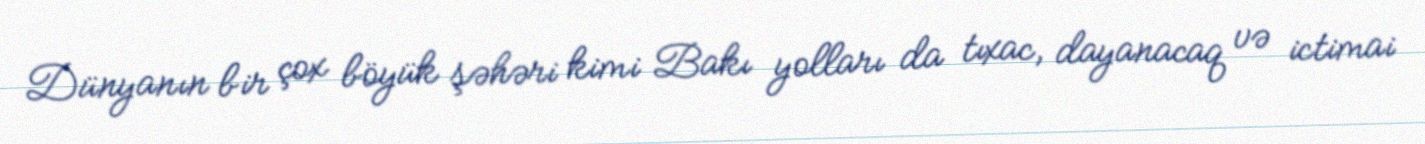
Dünyanın bir çox böyük şəhəri kimi Bakı yolları da tıxac, dayanacaq və ictimai